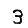
Digit: 3